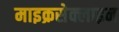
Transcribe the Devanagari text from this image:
माइक्रसेक्लाइन